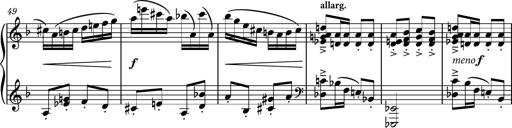
Title: Piano Sonatina No.1
Composer: Dimitri Sykias
Key: D minor